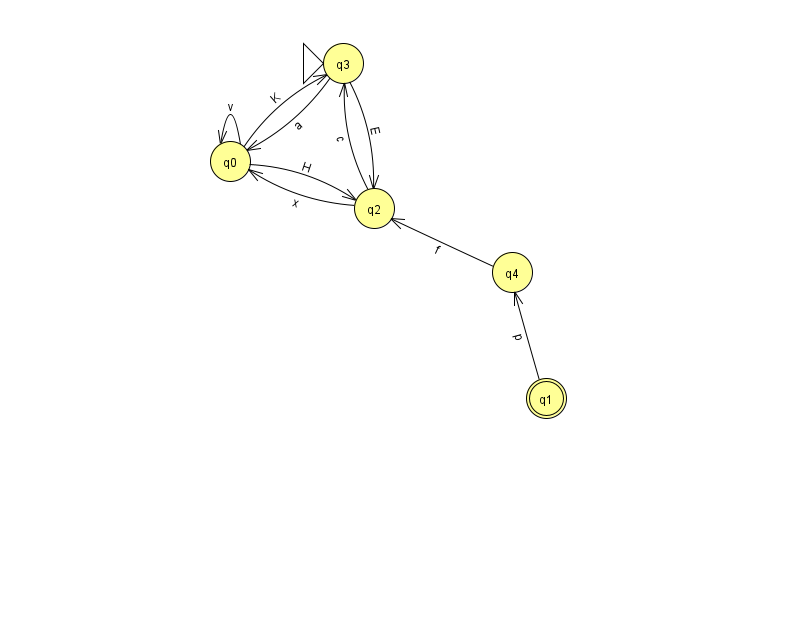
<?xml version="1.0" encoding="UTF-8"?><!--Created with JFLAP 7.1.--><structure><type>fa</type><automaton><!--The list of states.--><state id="0" name="q0"><x>230.0</x><y>148.0</y></state><state id="1" name="q1"><x>546.0</x><y>385.0</y><final/></state><state id="2" name="q2"><x>374.0</x><y>195.0</y></state><state id="3" name="q3"><x>343.0</x><y>50.0</y><initial/></state><state id="4" name="q4"><x>512.0</x><y>259.0</y></state><!--The list of transitions.--><transition><from>0</from><to>3</to><read>K</read></transition><transition><from>0</from><to>0</to><read>v</read></transition><transition><from>2</from><to>3</to><read>c</read></transition><transition><from>3</from><to>0</to><read>a</read></transition><transition><from>0</from><to>2</to><read>H</read></transition><transition><from>1</from><to>4</to><read>p</read></transition><transition><from>2</from><to>0</to><read>x</read></transition><transition><from>4</from><to>2</to><read>f</read></transition><transition><from>3</from><to>2</to><read>E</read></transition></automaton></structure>